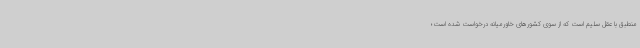
منطبق با عقل سلیم است که از سوی کشورهای خاورمیانه درخواست شده است؛